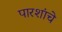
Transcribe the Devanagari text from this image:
पारशांचे